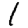
Digit: 1